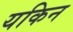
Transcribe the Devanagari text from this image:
यकिन